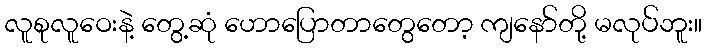
လူစုလူဝေးနဲ့ တွေ့ဆုံ ဟောပြောတာတွေတော့ ကျနော်တို့ မလုပ်ဘူး။